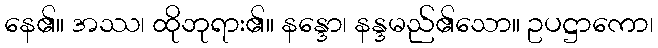
နေ၏။ အဿ၊ ထိုဘုရား၏။ နန္ဒော၊ နန္ဒမည်၏သော။ ဥပဋ္ဌာကော၊